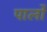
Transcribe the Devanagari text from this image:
पार्लो